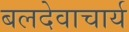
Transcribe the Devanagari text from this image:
बलदेवाचार्य